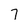
Character: 7